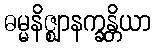
ဓမ္မနိဇ္ဈာနက္ခန္တိယာ